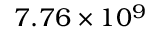
7 . 7 6 \times 1 0 ^ { 9 }